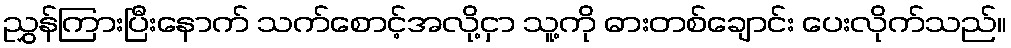
ညွှန်ကြားပြီးနောက် သက်စောင့်အလို့ငှာ သူ့ကို ဓားတစ်ချောင်း ပေးလိုက်သည်။